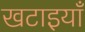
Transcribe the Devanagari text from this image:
खटाइयाँ